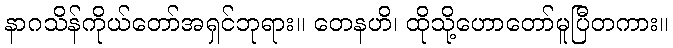
နာဂသိန်ကိုယ်တော်အရှင်ဘုရား။ တေနဟိ၊ ထိုသို့ဟောတော်မူပြီတကား။